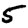
Digit: 5